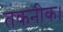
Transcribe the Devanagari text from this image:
तकनीक।